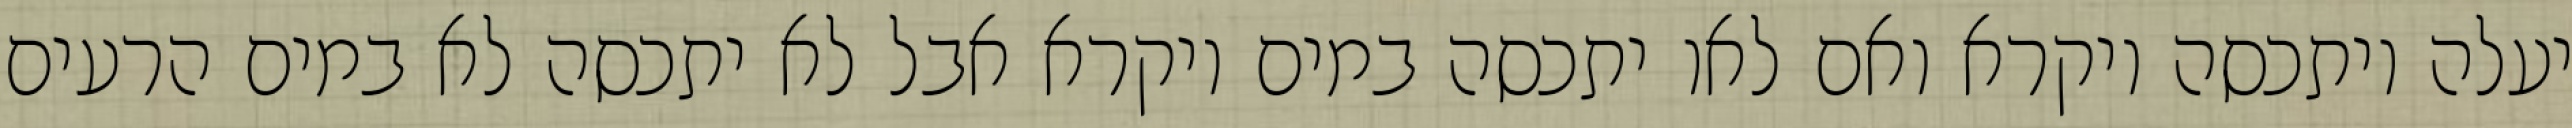
יעלה ויתכסה ויקרא ואם לאו יתכסה במים ויקרא אבל לא יתכסה לא במים הרעים